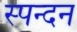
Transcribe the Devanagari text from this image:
स्‍पन्‍दन